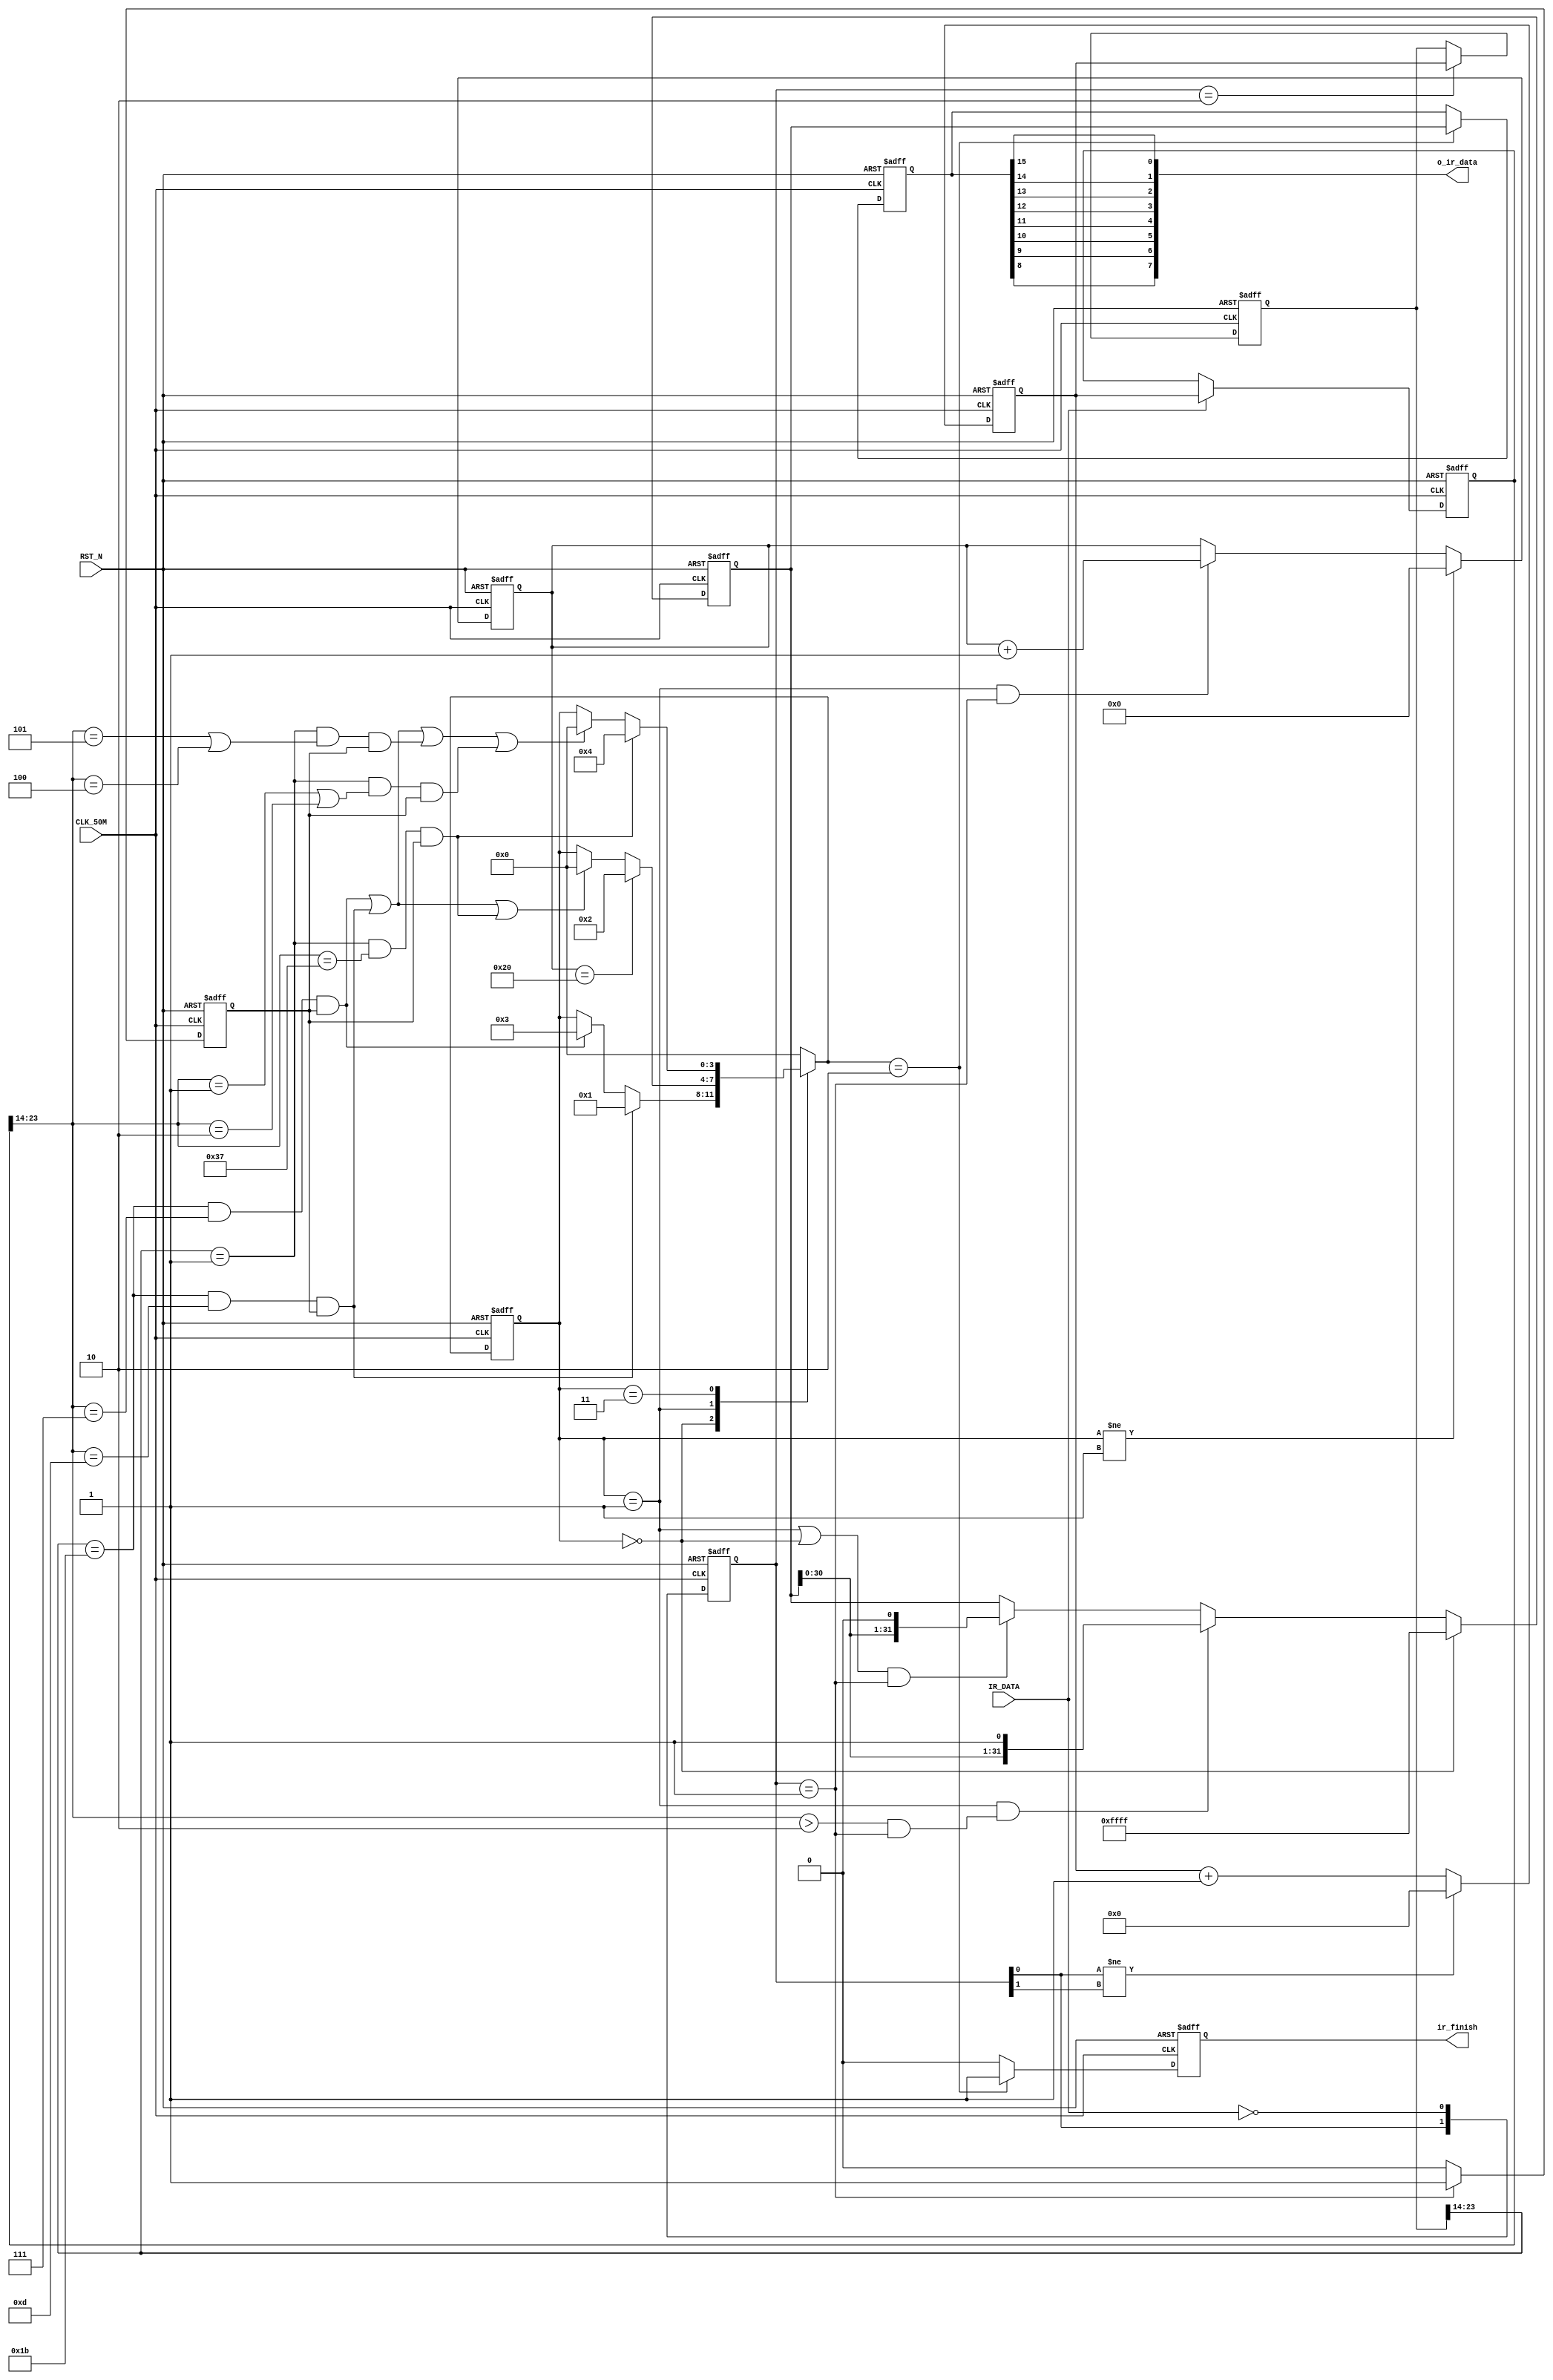
//---------------------------------------------------------------------------
//--			:	Ir_Module.v
//--			:	ZIRCON
//--			:	
//--		:	2014-1-1
//---------------------------------------------------------------------------

/*Timing control.
`define HEAD_HIGH 	 24'h6_DDD0 // 9.000ms @ 50MHz, standard is 24'h6_DDD0.
`define HEAD_LOW		 24'h3_6EE8 // 4.500ms @ 50MHz, standard is 24'h3_6EE8
`define BIT_1_HIGH	 24'h6D60   // 0.560ms @ 50MHz, standard is 24'h6D60
`define BIT_1_LOW		 24'h6E5A   // 0.565ms @ 50MHz, standard is 24'h6E5A
`define BIT_0_HIGH	 24'h6D60   // 0.560ms @ 50MHz, standard is 24'h6D60
`define BIT_0_LOW		 24'h1_4A14 // 1.690ms @ 50MHz, standard is 24'h1_4A14
`define REP_HEAD_HIGH 24'h6_DDD0 // 9.000ms @ 50MHz, standard is 24'h6_DDD0.
`define REP_HEAD_LOW	 24'h1_B774 // 2.250ms @ 50MHz, standard is 24'h1_B774
`define REP_BIT_HIGH	 24'h6D60   // 0.560ms @ 50MHz, standard is 24'h6D60
`define REP_BIT_LOW	 24'hF4240  // 20.00ms @ 50MHz, standard is 24'hF4240*/

//Timing control.
`define HEAD_HIGH 	 10'h1B		//[23:14] 24'h6_DDD0 = (0110_11)01_1101_1101_0000
`define HEAD_LOW		 10'hD		//12'h37  24'h3_6EE8 = (0011_01)10_1110_1110_1000
`define BIT_1_HIGH	 10'h1		//12'h7   24'h6D60   = (0000_01)10_1101_0110_0000
`define BIT_1_LOW		 10'h1		//12'h7	 24'h6E5A   = (0000_01)10_1110_0101_1010
`define BIT_1_LOW2	 10'h2		//12'h7   
`define BIT_0_HIGH	 10'h1		//12'h7   24'h6D60   = (0000_01)10_1101_0110_0000
`define BIT_0_LOW		 10'h5		//12'h14  24'h1_4A14 = (0001_01)00_1010_0001_0100
`define BIT_0_LOW2	 10'h4		//12'h14                                         
`define REP_HEAD_HIGH 10'h1B		//12'h6F  24'h6_DDD0 = (0110_11)01_1101_1101_0000
`define REP_HEAD_LOW	 10'h7		//12'h1C  24'h1_B774 = (0001_10)11_0111_0111_0100
`define REP_BIT_HIGH	 10'h1		//12'h7   24'h6D60   = (0000_01)10_1101_0110_0000
`define REP_BIT_LOW	 10'h37		//12'hF4  24'hF4240  = (1111_01)00_0010_0100_0000

module Ir_Module
(
	//
	CLK_50M,RST_N,IR_DATA,
	//
	o_ir_data,ir_finish
);
//---------------------------------------------------------------------------
//--	
//---------------------------------------------------------------------------
input						CLK_50M;				//
input						RST_N;				//
input						IR_DATA;				//
output  	[ 7:0]		o_ir_data;			//
output					ir_finish;			//
//---------------------------------------------------------------------------
//--	
//---------------------------------------------------------------------------
reg		[ 3:0]		ir_fsm_cs;			//
reg		[ 3:0]		ir_fsm_ns;			//
reg		[23:0]		time_cnt;			//
reg		[23:0]		time_cnt_n;			//time_cnt
reg		[23:0]		low_time;			//
reg		[23:0]		low_time_n;			//low_time
reg		[23:0]		high_time;			//
reg		[23:0]		high_time_n;   	//high_time
reg		[ 7:0]		bit_cnt;				//8
reg		[ 7:0]		bit_cnt_n;			//bit_cnt
reg		[ 1:0]		detect_edge;		//
wire		[ 1:0]		detect_edge_n;		//detect_edge
reg		[31:0]		ir_data;				//
reg		[31:0]		ir_data_n;			//ir_data
reg		[31:0]		ir_data_reg;		//
reg		[31:0]		ir_data_reg_n;		//ir_data_reg
reg						posedge_reg;		//
wire						posedge_reg_n;		//posedge_reg
wire						head_code;			//
wire						bit_0_code;			//01
wire						bit_1_code;			//10
wire						rep_head_code;		//
wire						rep_bit_code; 		//
reg						ir_finish;			//
reg						ir_finish_n;		//ir_finish

parameter				FSM_IDLE     		= 4'h0;	//
parameter				FSM_DATA 			= 4'h1;	//
parameter				FSM_DATA_END	 	= 4'h2;	//
parameter				FSM_REP_BIT 	 	= 4'h3;	//
parameter				FSM_REP_BIT_END	= 4'h4;	//

//,detect_edge
always @ (posedge CLK_50M or negedge RST_N)
begin
  if(!RST_N)									//
    detect_edge <= 2'h0;					//detect_edge
  else
    detect_edge <= detect_edge_n;		//detect_edge
end

//,
assign detect_edge_n = {detect_edge[0] , {~IR_DATA}};//

//,posedge_reg
always @ (posedge CLK_50M or negedge RST_N)
begin
	if(!RST_N)									//
		posedge_reg <= 1'h0;					//posedge_reg
	else
		posedge_reg	<= posedge_reg_n;		//posedge_reg
end

//,,detect_edge01,posedge_reg_n1
assign posedge_reg_n = (detect_edge == 2'b01) ? 1'b1 : 1'b0; 

//,time_cnt
always @ (posedge CLK_50M or negedge RST_N)
begin
	if(!RST_N)									//
		time_cnt	<= 24'h0;					//time_cnt
	else
		time_cnt	<= time_cnt_n;				//time_cnt
end

//,
always @ (*)
begin
	if(detect_edge[0] != detect_edge[1])//
		time_cnt_n = 24'h0;					//,time_cnt_n0
	else
		time_cnt_n = time_cnt + 24'h1;	//,time_cnt1
end

//,high_time
always @ (posedge CLK_50M or negedge RST_N)
begin	
  if(!RST_N)									
    high_time <= 24'h0;						//high_time
  else
    high_time <= high_time_n;				//high_time
end

//,IR_DATAIR_DATA
always @ (*)
begin
  if(detect_edge == 2'b10)					//			
    high_time_n = time_cnt;				//
  else
    high_time_n = high_time;				//
end

//,low_time
always @ (posedge CLK_50M or negedge RST_N)
begin
  if(!RST_N)									//
    low_time <= 24'h0;						//low_time
  else
    low_time <= low_time_n;				//low_time
end

//,IR_DATAIR_DATA
always @ (*)
begin
  if(IR_DATA)									//
    low_time_n	 = time_cnt;				//
  else
    low_time_n	 = low_time;				//IR_DATA0
end

//high_time 9ms(high_time[23:14] == `HEAD_HIGH)  [23:14] 24'h6_DDD0 = (0110_11)01_1101_1101_0000 1423(01_1011)10'h1B
//1B+140=6C000 X 20ns = 8.8ms ,4.25ms
assign head_code     = (high_time[23:14] == `HEAD_HIGH)     && (low_time[23:14] == `HEAD_LOW) && posedge_reg;
//0.3ms,1.6ms1.4ms,"1"
assign bit_0_code    = (high_time[23:14] == `BIT_0_HIGH)     && ((low_time[23:14] == `BIT_0_LOW)||(low_time[23:14] == `BIT_0_LOW2)) && posedge_reg;
//0.3ms,0.3ms1.4ms,"0"
assign bit_1_code    = (high_time[23:14] == `BIT_1_HIGH)     && ((low_time[23:14] == `BIT_1_LOW)||(low_time[23:14] == `BIT_1_LOW2))&& posedge_reg;
//
assign rep_head_code = (high_time[23:14] == `REP_HEAD_HIGH) && (low_time[23:14] == `REP_HEAD_LOW) && posedge_reg;
//
assign rep_bit_code  = (high_time[23:14] == `REP_BIT_HIGH)  && (low_time[23:14] == `REP_BIT_LOW) && posedge_reg; 


//,bit_cnt
always @ (posedge CLK_50M or negedge RST_N)
begin
  if(!RST_N)									//
    bit_cnt	<=  8'h0;						//bit_cnt
  else
    bit_cnt	<=  bit_cnt_n;					//bit_cnt
end

//,8
always @ (*)
begin
  if(ir_fsm_cs != FSM_DATA)				//
    bit_cnt_n	 = 8'h0;						//,bit_cnt_n
  else if((ir_fsm_cs == FSM_DATA) && (detect_edge == 2'b01))//
    bit_cnt_n	 = bit_cnt + 8'h1;		//,8
  else
    bit_cnt_n	 = bit_cnt;					//
end

//,ir_fsm_cs
always @ (posedge CLK_50M or negedge RST_N)
begin
  if(!RST_N)									//
    ir_fsm_cs	<=  FSM_IDLE;				//ir_fsm_cs
  else
    ir_fsm_cs	<=  ir_fsm_ns;				//ir_fsm_cs
end

//,
always @ (*)
begin
	case(ir_fsm_cs)							//
	
	FSM_IDLE: 
		if(head_code)							//
			ir_fsm_ns = FSM_DATA;			//
    	else if(rep_head_code)				//
			ir_fsm_ns = FSM_REP_BIT;		//
		else 
			ir_fsm_ns = ir_fsm_cs;   		//
			
	FSM_DATA: 
		if(bit_cnt == 8'h20)					//4()
			ir_fsm_ns = FSM_DATA_END;		//
		else if(rep_head_code || head_code || rep_bit_code)	//
			ir_fsm_ns = FSM_IDLE;			//
		else 
			ir_fsm_ns = ir_fsm_cs;			//
			
	FSM_DATA_END:
			ir_fsm_ns = FSM_IDLE;			//
			
	FSM_REP_BIT: 	
		if(rep_bit_code)						//
			ir_fsm_ns = FSM_REP_BIT_END;	//
		else if(rep_head_code || head_code || bit_0_code || bit_1_code)	//
			ir_fsm_ns = FSM_IDLE;			//
		else 
			ir_fsm_ns = ir_fsm_cs;  		//
			
	FSM_REP_BIT_END: 
			ir_fsm_ns = FSM_IDLE;			//
			
	default:ir_fsm_ns = FSM_IDLE; 		//
	endcase
end

//,ir_data_reg
always @ (posedge CLK_50M or negedge RST_N)
begin
	if(!RST_N)									//
		ir_data_reg	<=  32'h0;				//ir_data_reg
	else
		ir_data_reg	<=  ir_data_reg_n;	//ir_data_reg
end

//,32BIT,010.65ms0,1
always @ (*)
begin
	if(ir_fsm_cs == FSM_IDLE)				//
		ir_data_reg_n = 32'hFFFF;
	else if((ir_fsm_cs == FSM_DATA) && ((low_time[23:14] > 10'h2 )&& (detect_edge == 2'b01)))
		ir_data_reg_n	 = {ir_data_reg[30:0] , 1'h1};	
	else if(((ir_fsm_cs == FSM_DATA)||(ir_fsm_cs == FSM_IDLE)) && (detect_edge == 2'b01))
		ir_data_reg_n = {ir_data_reg[30:0] , 1'h0};		
	else
		ir_data_reg_n = ir_data_reg;		//
end

//,ir_data
always @ (posedge CLK_50M or negedge RST_N)
begin
	if(!RST_N)									//
		ir_data <= 32'h0;					//ir_data
	else
		ir_data <= ir_data_n;				//ir_data
end

//,
always @ (*)
begin
	if(ir_fsm_ns == FSM_DATA_END)			//
		ir_data_n = ir_data_reg;			//
	else
		ir_data_n = ir_data;					//
end

//,ir_finish
always @ (posedge CLK_50M or negedge RST_N)
begin
	if(!RST_N)									//
		ir_finish <= 1'h0;					//ir_finish
	else
		ir_finish <= ir_finish_n;			//ir_finish
end

//,,ir_finish1
always @ (*)
begin
	if(ir_fsm_ns == FSM_DATA_END)			//
		ir_finish_n = 1'b1;					//,ir_finish1
	else
		ir_finish_n = 1'b0;					//,ir_finish0
end

assign o_ir_data =  {ir_data[8],ir_data[9],ir_data[10],ir_data[11],ir_data[12],ir_data[13],ir_data[14],ir_data[15]};

endmodule